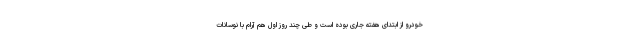
خودرو از ابتدای هفته جاری بوده است و طی چند روز اول هم آرام با نوسانات